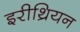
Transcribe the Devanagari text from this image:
इरीथ्रियन